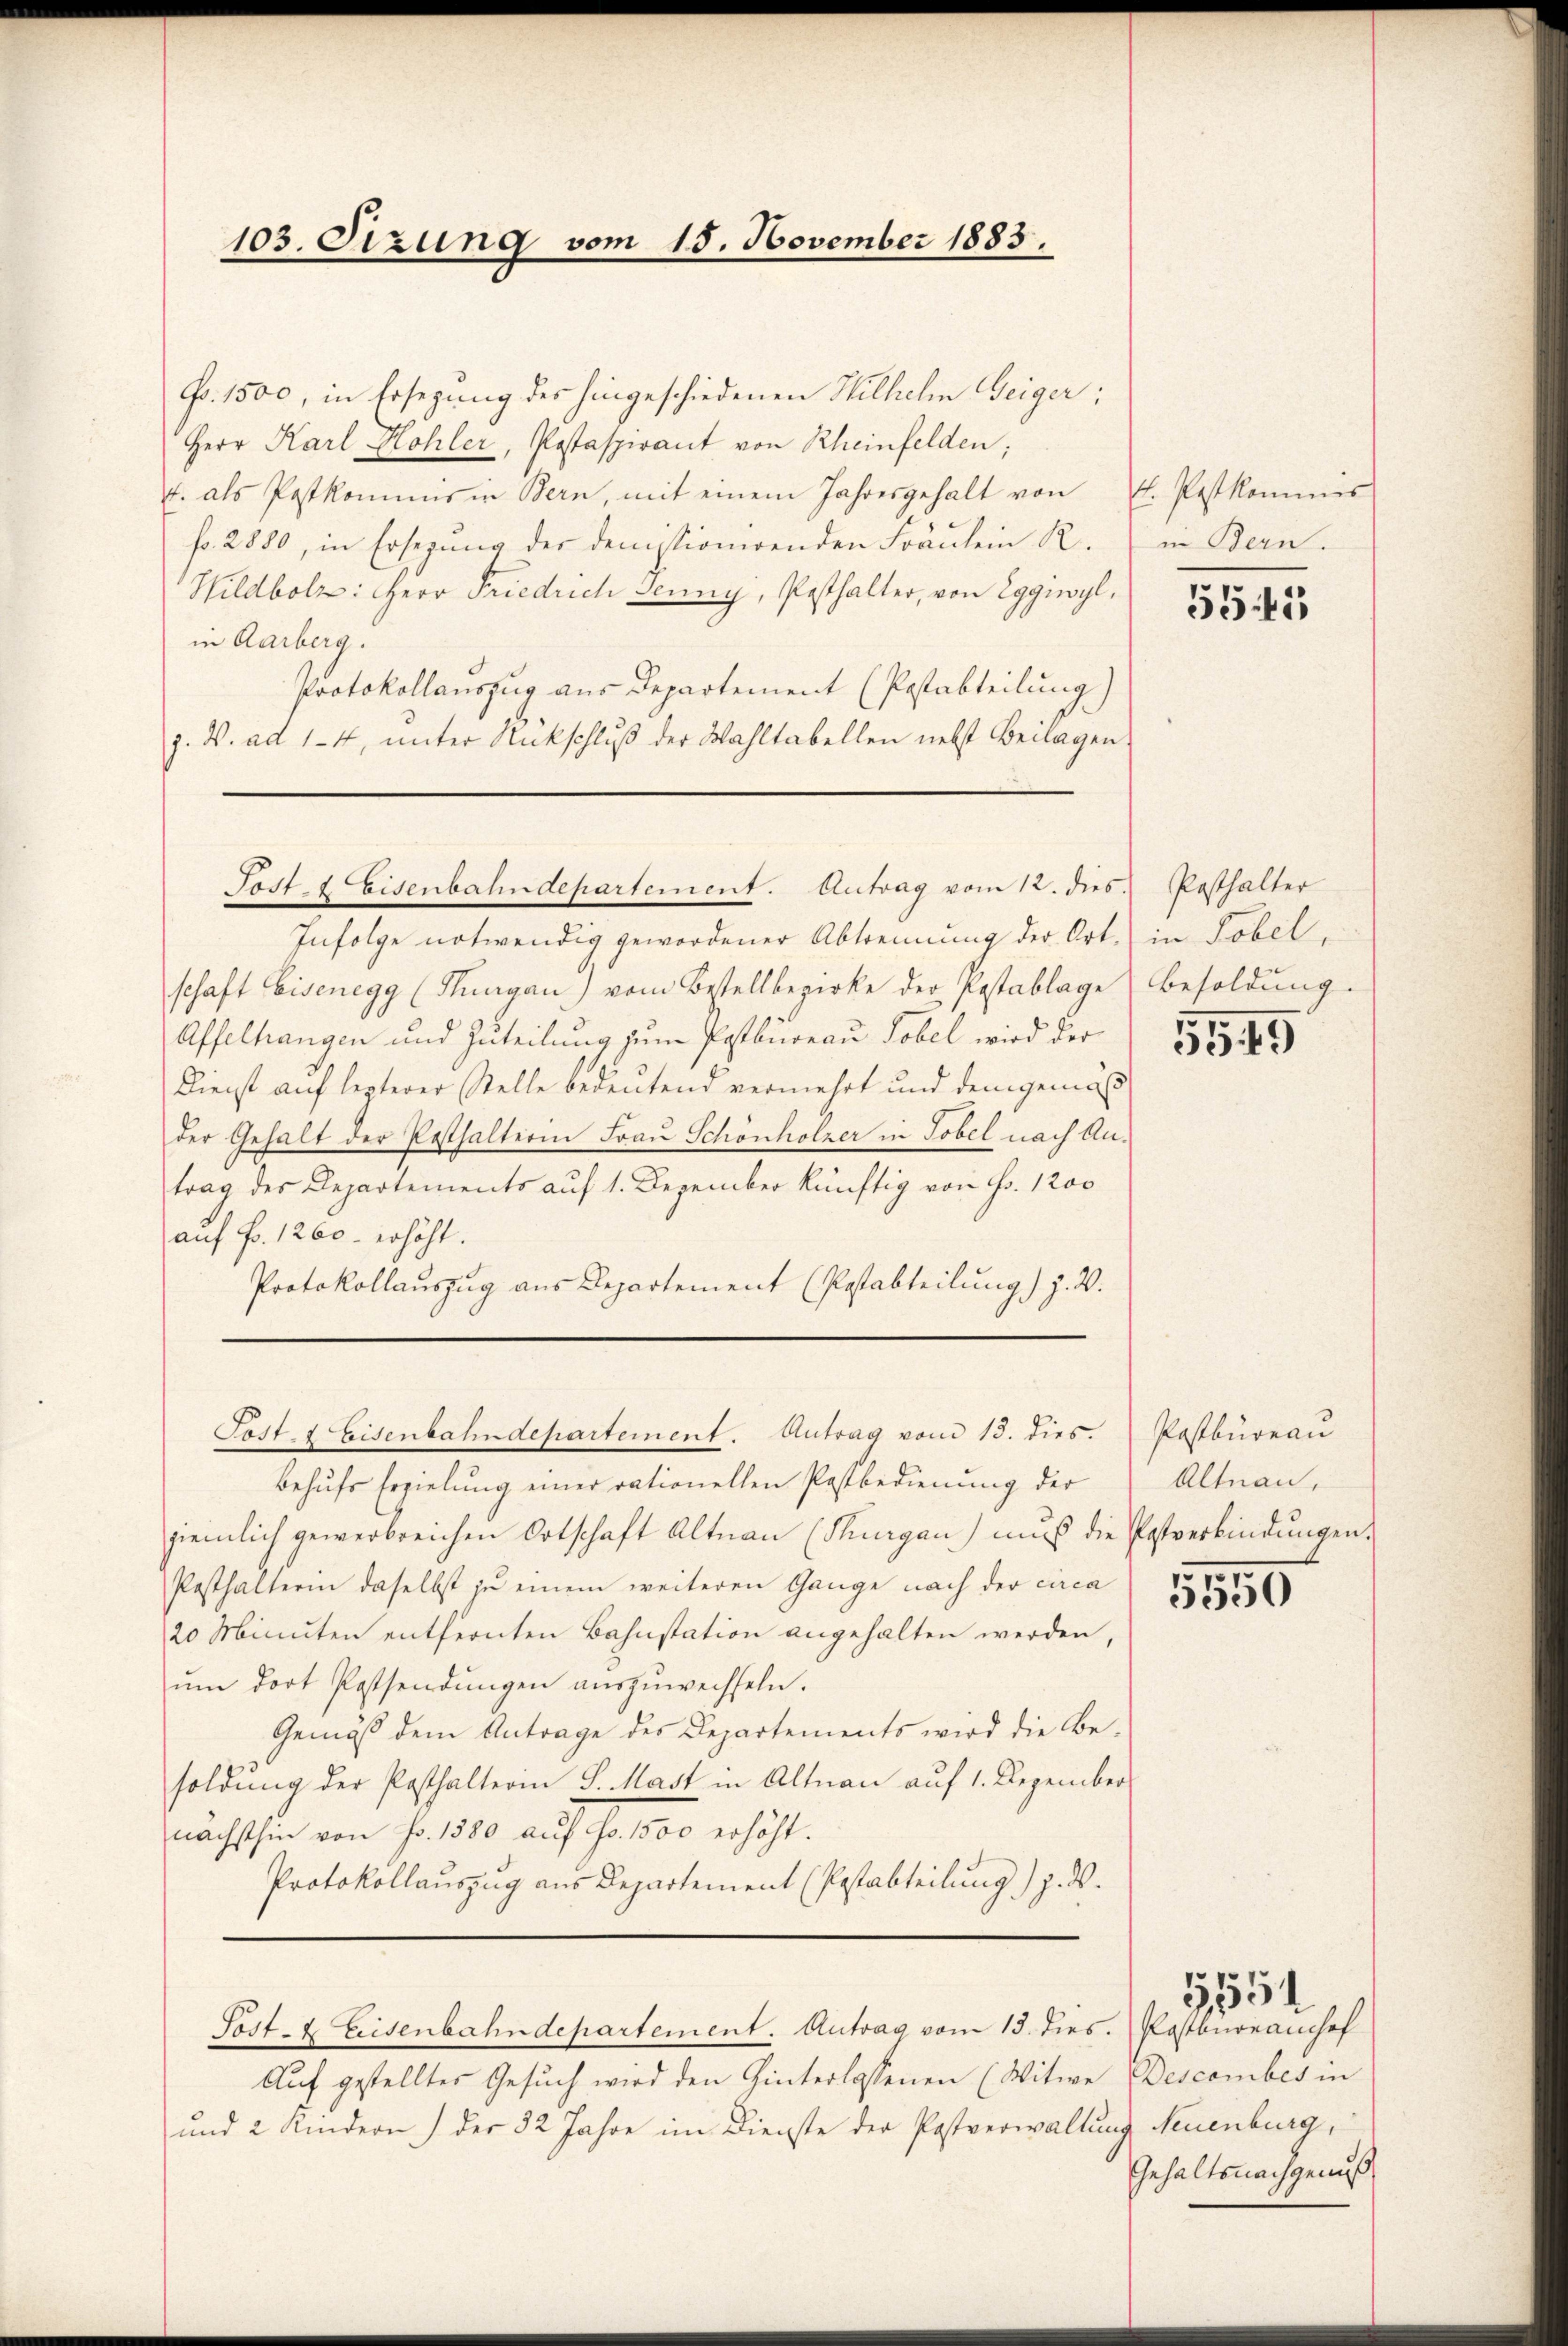
103. Setzung vom 15. November 1883.

Fr. 1500, in Ersezung des hingeschiedenen Wilhelm Geiger;
Herr Karl Hohler, Postaspirant von Rheinfelden;
t. als Postkomins in Bern, mit einem Jahresgehalt von fl. Pestkommis
fr. 2880, in Ersezung der denstionirenden Fräulein R.
Wildbolz: Herr Friedrich Jenny, Pesthalter, von Eggwyl,
in Aarberg.
protokollauszug aus Departement (Postabteilung)
p. W. ad 14, unter Rückschluß der Wahltabellen nebst Beilagen.
Post & Eisenbahndepartement. Antrag vom 12. dies.
Infolge notwendig gewordener Abtrennung der Art. in Tobel,
schaft Eisenegg (Thurgau) vom Bestellbezirke der Pestablage
Affelhangen und Zuteilung zum Postbureau Tobel wird der
Dienst auf lezterer Stelle bedeutend vermehrt und demgemäß
der Gehalt der Posthalterin Frau Schönholzer in Tobel nach Antrag des Departements auf 1. Dezember künftig von Fr. 1200
aŭf Fr. 1260 erhöht.
Protokollauszug aus Departement (Postabteilung) z. B.

Post- & Eisenbahndepartement. Antrag vom 13. dies. Postbüreau

behufs Erzielung einer rationellen Postbedienung der
ziemlich gewerbreichen Ortschaft Altnau (Thurgau) mŭs die Postverbindŭngen.
Posthalterin daselbst zu einem weiteren Gange nach der circa
20 Minuten entfernten Bahnstation angehalten werden,
ŭm dort Possendŭngen aŭszŭwechseln.
Gemäß dem Antrage des Departements wird die Be-
soldung der Pasthalterin S. Mast in Altnau auf 1. Dezember
nächsthin von No. 1880 auf Fr. 1500 erhöht.
Protokollauszug aus Departement (Postabteilung) z. B.

Sost- & Eisenbahndepartement. Antrag vom 15. dies. Postbureausof

Auf gestelltes Gesuch wird den Hinterlassenen (Witwe
und 2 Kindern) der 32 Jahre im Dienste der Postverwaltŭng

in Bern.

5545

Posthalter
Besoldung.

5549

Altnau,

,
5500

Descember in
Neuenburg,
Gehaltsnachgenuß

5554